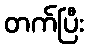
တက်ပြီး